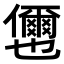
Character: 𭀎